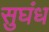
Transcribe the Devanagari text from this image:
सुघंध